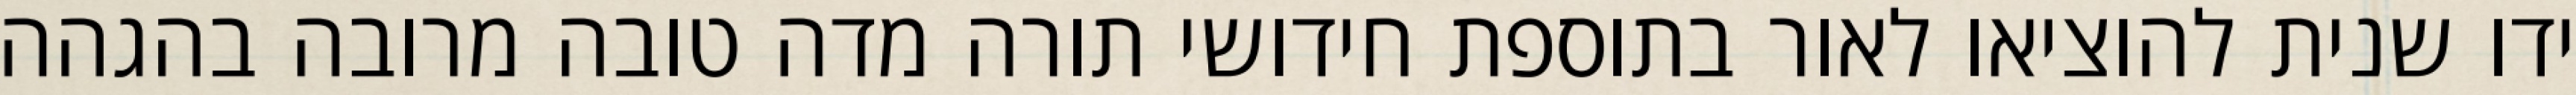
ידו שנית להוציאו לאור בתוספת חידושי תורה מדה טובה מרובה בהגהה